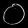
Digit: ၀